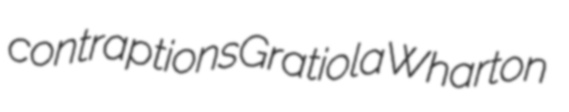
contraptions Gratiola Wharton